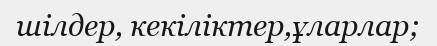
шілдер, кекіліктер,ұларлар;